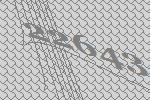
22643